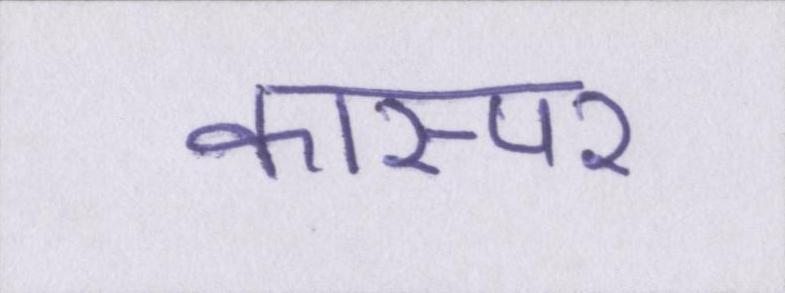
कास्पर